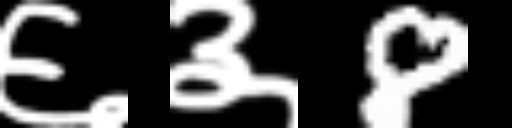
Text: ६३8